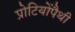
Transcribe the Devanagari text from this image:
प्रोटियोंपैथी